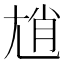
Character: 𡯩